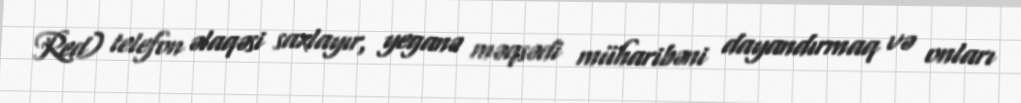
Red) telefon əlaqəsi saxlayır, yeganə məqsədi müharibəni dayandırmaq və onları